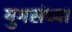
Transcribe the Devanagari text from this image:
युगसंध्या